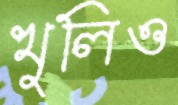
খুলিও